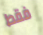
فقط